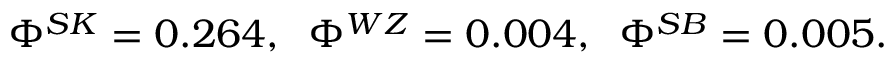
\Phi ^ { S K } = 0 . 2 6 4 , \; \; \Phi ^ { W Z } = 0 . 0 0 4 , \; \; \Phi ^ { S B } = 0 . 0 0 5 .